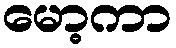
မော့ကာ